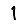
Digit: 1